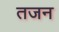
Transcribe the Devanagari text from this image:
तजन